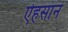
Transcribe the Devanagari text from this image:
ऐहसान